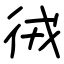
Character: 㣝